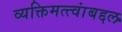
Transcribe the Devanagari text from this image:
व्यक्तिमत्त्वांबद्दल